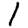
Digit: 1